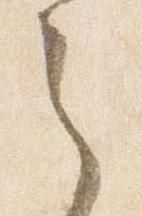
之